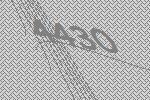
4430